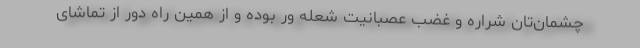
چشمان‌تان شراره و غضب عصبانیت شعله ور بوده و از همین راه دور از تماشای